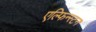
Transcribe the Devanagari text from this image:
एल्फिन्‍स्टन